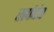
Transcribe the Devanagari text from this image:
सर्पदंष